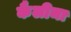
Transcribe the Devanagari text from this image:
कैलीमा